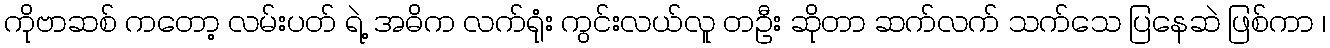
ကိုဗာဆစ် ကတော့ လမ်းပတ် ရဲ့ အဓိက လက်ရုံး ကွင်းလယ်လူ တဦး ဆိုတာ ဆက်လက် သက်သေ ပြနေဆဲ ဖြစ်ကာ ၊